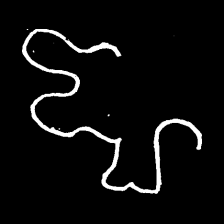
Pyu character \u2014 Myanmar letter: ဈ (romanized: jha)